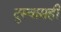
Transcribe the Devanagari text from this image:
दुस्वासही